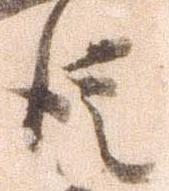
徒